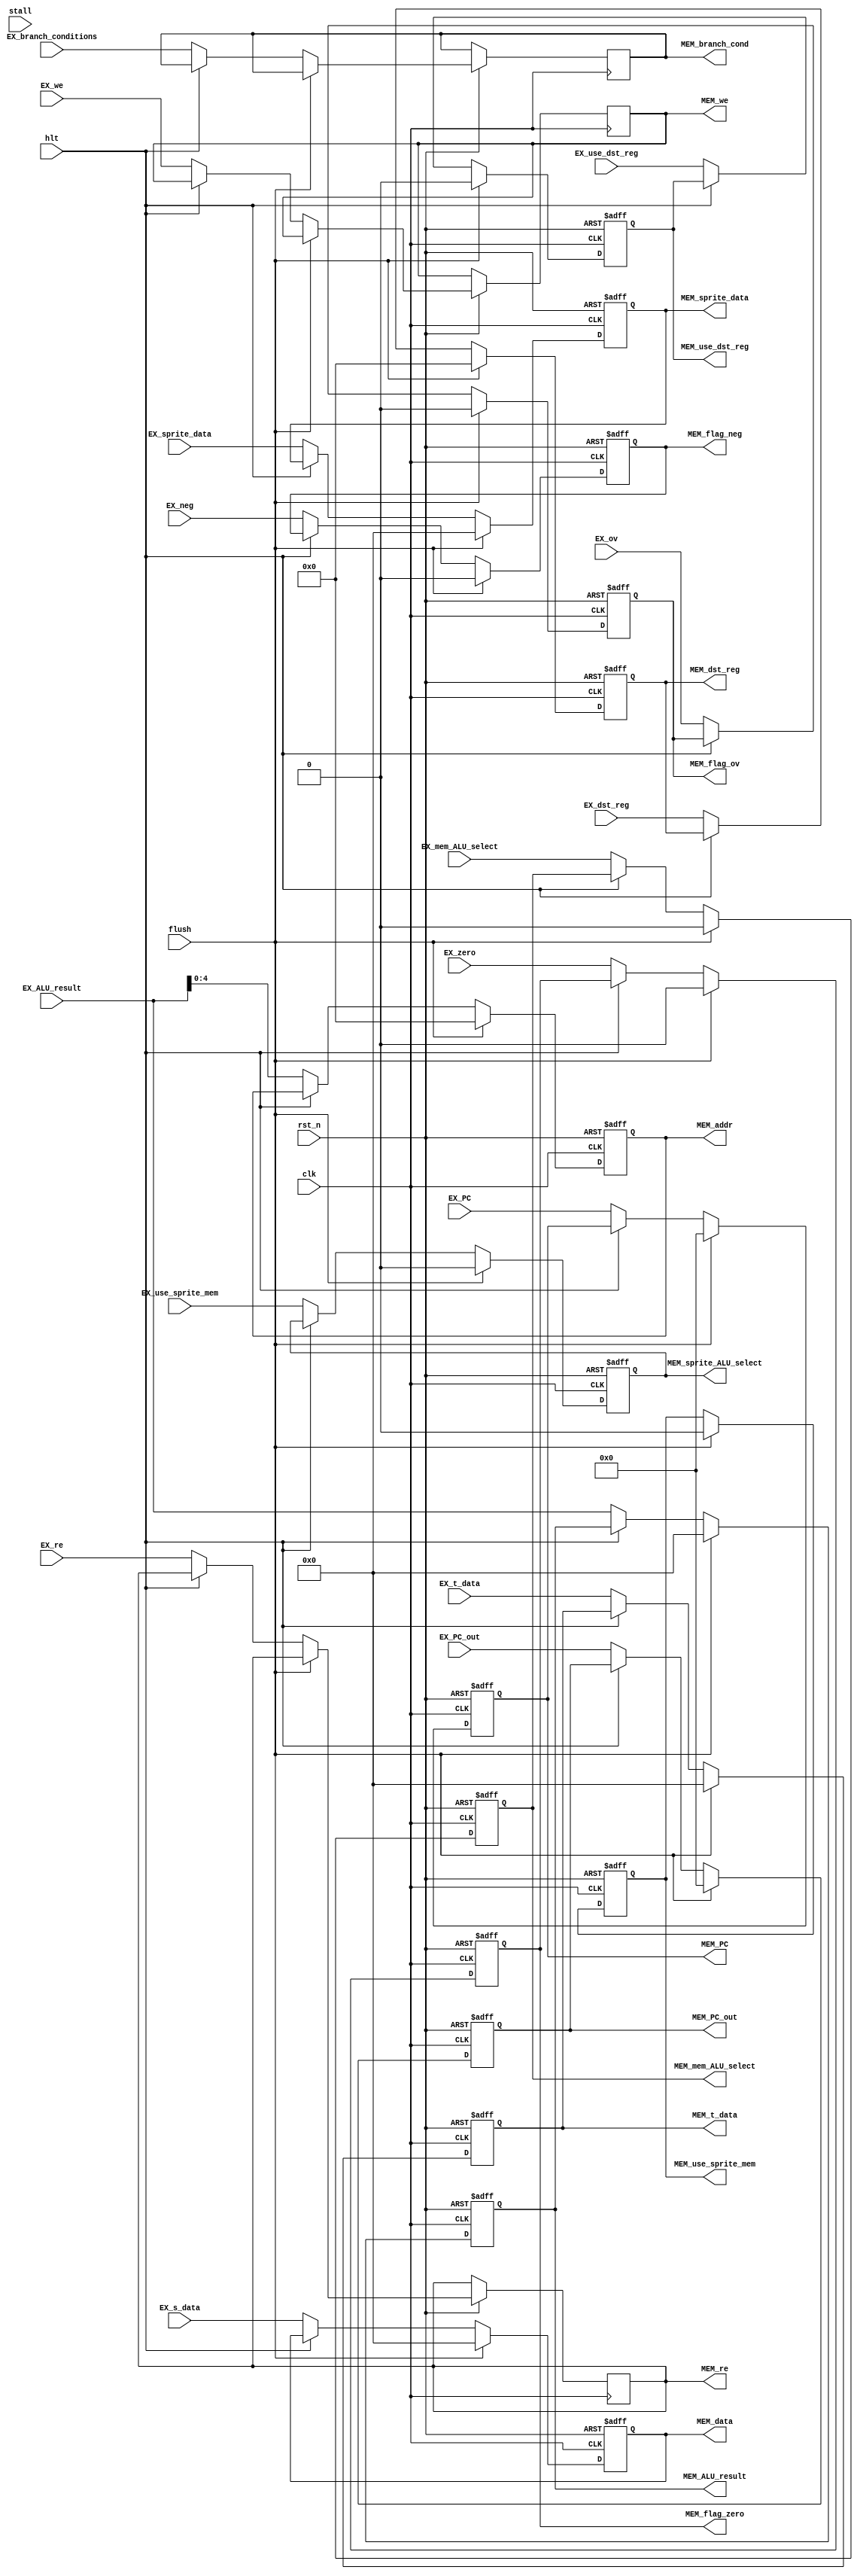
`timescale 1ns / 1ps
module EX_MEM_pipeline_reg(clk, rst_n, hlt, stall, flush, EX_ov, EX_neg, EX_zero, EX_use_dst_reg, EX_branch_conditions, EX_dst_reg, EX_PC, EX_PC_out, /*EX_instr,*/ EX_ALU_result, EX_sprite_data, EX_s_data, EX_re, EX_we, EX_mem_ALU_select, EX_use_sprite_mem, EX_t_data, //Inputs
							MEM_sprite_ALU_select, MEM_mem_ALU_select, MEM_flag_ov, MEM_flag_neg, MEM_flag_zero, MEM_re, MEM_we, MEM_addr, MEM_PC, MEM_PC_out, MEM_data, MEM_sprite_data, /*MEM_instr,*/ MEM_branch_cond, MEM_use_dst_reg,
							MEM_use_sprite_mem, MEM_dst_reg, MEM_ALU_result, MEM_t_data);  //Outputs

input clk, rst_n, stall, flush, hlt;
input EX_ov, EX_neg, EX_zero, EX_use_dst_reg, EX_re, EX_we, EX_mem_ALU_select, EX_use_sprite_mem;
input [2:0] EX_branch_conditions;
input [4:0] EX_dst_reg;
input [21:0] EX_PC, EX_PC_out;
input [31:0] /*EX_instr,*/ EX_ALU_result, EX_sprite_data, EX_s_data, EX_t_data;

output reg MEM_sprite_ALU_select, MEM_mem_ALU_select, MEM_flag_ov, MEM_flag_neg, MEM_flag_zero, MEM_re, MEM_we, MEM_use_dst_reg, MEM_use_sprite_mem;
output reg[2:0] MEM_branch_cond;
output reg[4:0] MEM_addr, MEM_dst_reg;
output reg[21:0] MEM_PC, MEM_PC_out;
output reg[31:0] MEM_data, MEM_sprite_data, MEM_ALU_result, MEM_t_data; /*MEM_instr*/

always @(posedge clk, negedge rst_n)
	if (!rst_n) begin
		MEM_sprite_ALU_select <= 0;
		MEM_mem_ALU_select <= 0;
		MEM_flag_ov <= 0;
		MEM_flag_neg <= 0;
		MEM_flag_zero <= 0;
		//MEM_cmd <= 0;
		MEM_addr <= 0;
		MEM_PC <= 0;
		MEM_PC_out <= 0;
		MEM_data <= 0;
		MEM_sprite_data <= 0;
		//MEM_instr <= 0;
		MEM_use_sprite_mem <= 0;
		MEM_dst_reg <= 0;
		MEM_ALU_result <= 0;
		MEM_t_data <= 0;
		MEM_use_dst_reg <= 0;
	end
	else if (flush) begin
		MEM_sprite_ALU_select <= 0;
		MEM_mem_ALU_select <= 0;
		MEM_flag_ov <= 0;
		MEM_flag_neg <= 0;
		MEM_flag_zero <= 0;
		//MEM_cmd <= 0;
		MEM_addr <= 0;
		MEM_PC <= 0;
		MEM_PC_out <= 0;
		MEM_data <= 0;
		MEM_sprite_data <= 0;
		//MEM_instr <= 0;
		MEM_use_sprite_mem <= 0;
		MEM_dst_reg <= 0;
		MEM_ALU_result <= 0;
		MEM_t_data <= 0;
		MEM_use_dst_reg <= 0;
	end 
	else if (!hlt) begin
		MEM_sprite_ALU_select <= EX_use_sprite_mem;
		MEM_mem_ALU_select <= EX_mem_ALU_select;                  
		MEM_flag_ov <= EX_ov; 
		MEM_flag_neg <= EX_neg;
		MEM_flag_zero <= EX_zero;
		MEM_re <= EX_re;
		MEM_we <=EX_we;                                  
		MEM_addr <= EX_ALU_result[21:0];                     
		MEM_PC <= EX_PC;
		MEM_PC_out <= EX_PC_out;
		MEM_data <=  EX_s_data;
		MEM_sprite_data <= EX_sprite_data;
		//MEM_instr <= EX_instr; 
		MEM_branch_cond <= EX_branch_conditions;
		MEM_use_dst_reg <= EX_use_dst_reg;
		MEM_dst_reg <= EX_dst_reg;
		MEM_ALU_result <= EX_ALU_result;
		MEM_t_data <= EX_t_data;
	end  
	  
endmodule